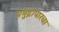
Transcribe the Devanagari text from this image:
समुद्रापारचा